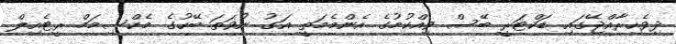
ދިވެހިރާއްޖޭގައި ޑަކްޓަރީ ބޭސް ވިއްކުމުގެ އެންމެމަތީ އަގު ނުވަތަ ބޭހުގެ މެކްސިމަމް ރީޓެއިލް